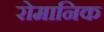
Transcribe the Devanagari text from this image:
रोमानिक